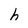
Character: h